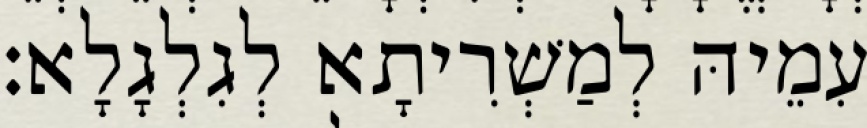
עִמֵיהּ לְמַשְׁרִיתָא לְגִלְגָלָא׃